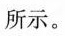
所示。